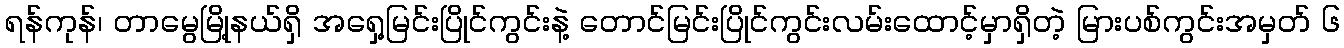
ရန်ကုန်၊ တာမွေမြို့နယ်ရှိ အရှေ့မြင်းပြိုင်ကွင်းနဲ့ တောင်မြင်းပြိုင်ကွင်းလမ်းထောင့်မှာရှိတဲ့ မြားပစ်ကွင်းအမှတ် ၆